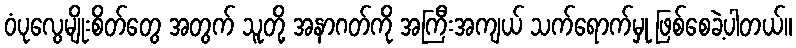
ဝံပုလွေမျိုးစိတ်တွေ အတွက် သူတို့ အနာဂတ်ကို အကြီးအကျယ် သက်ရောက်မှု ဖြစ်စေခဲ့ပါတယ်။